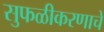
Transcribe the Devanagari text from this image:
सुफळीकरणाचे